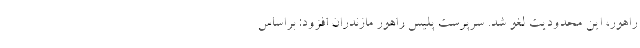
راهور، این محدودیت لغو شد. سرپرست پلیس راهور مازندران افزود: براساس